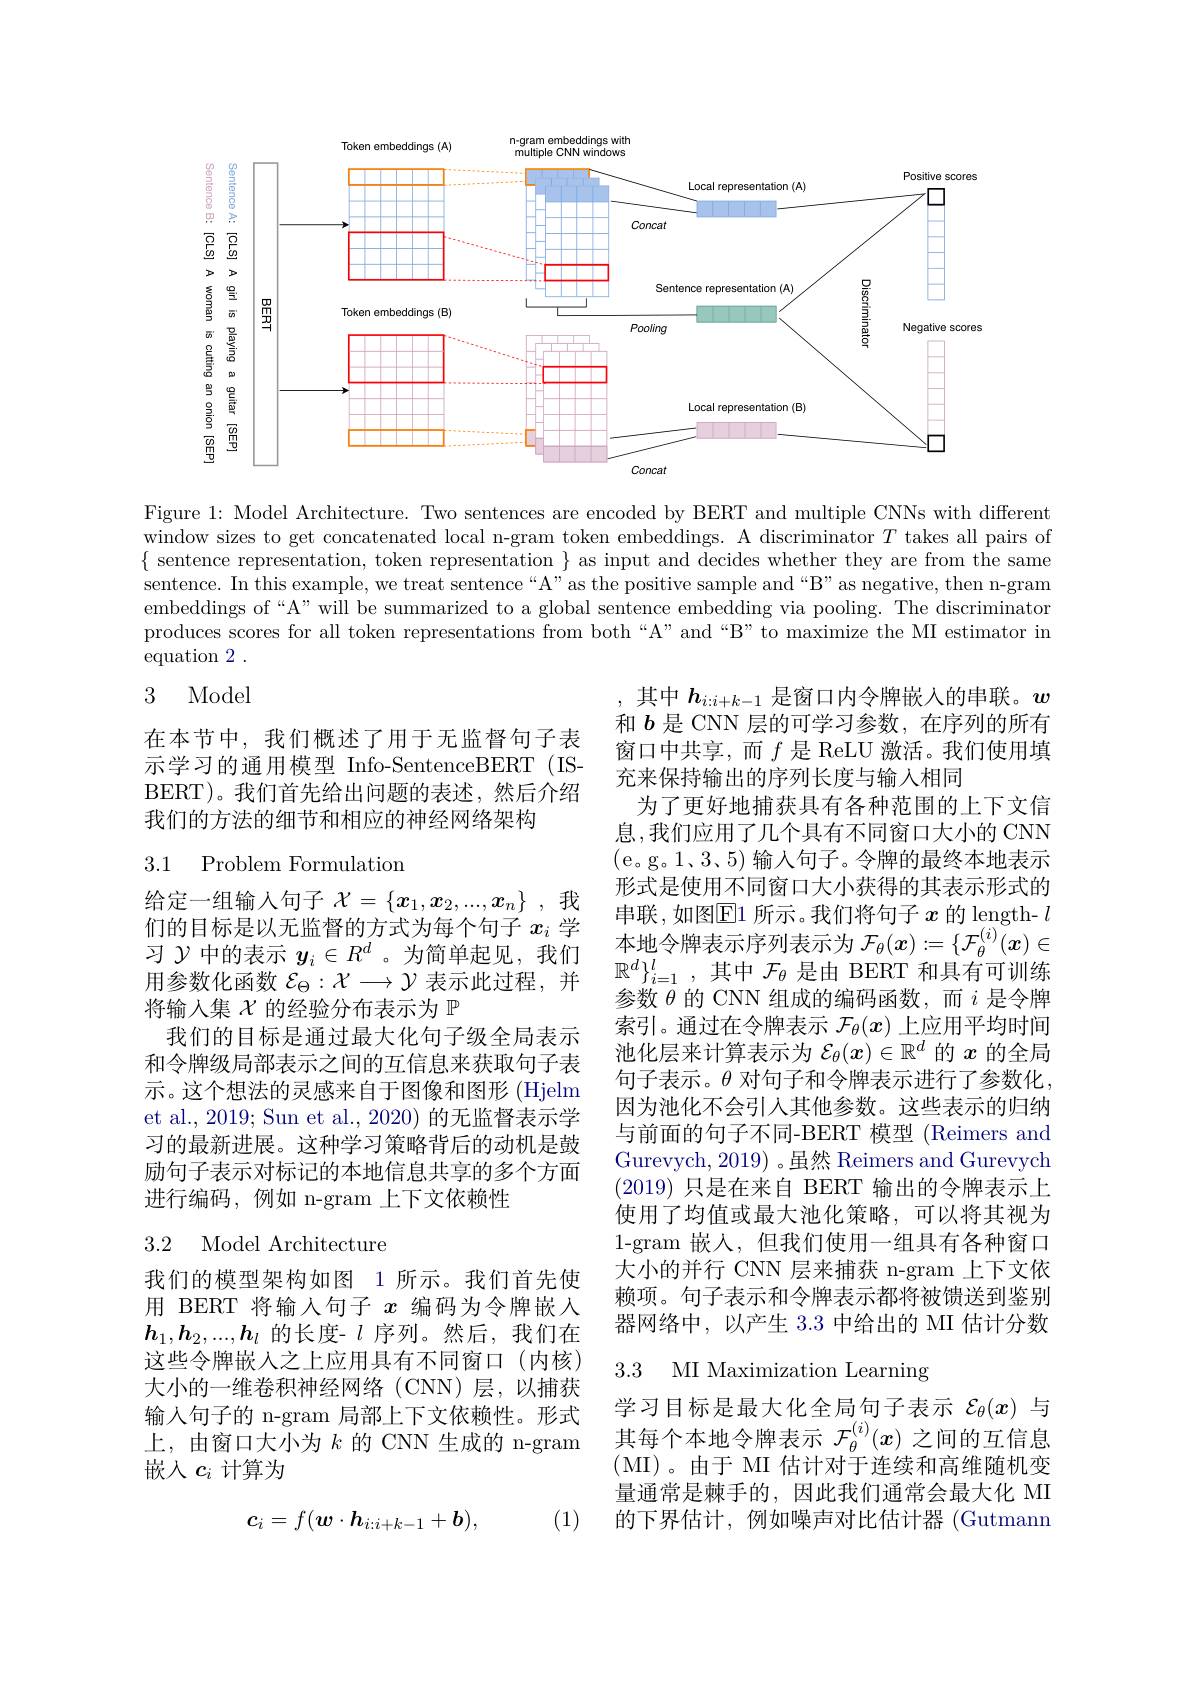
<FigureHere>

Figure 1: Model Architecture. Two sentences are encoded by BERT and multiple CNNs with different window sizes to get concatenated local n-gram token embeddings. A discriminator $T$ takes all pairs of $\{$ sentence representation, token representation $\}$ as input and decides whether they are from the same sentence. In this example, we treat sentence“A”as the positive sample and“B”as negative, then n-gram embeddings of“A”will be summarized to a global sentence embedding via pooling. The discriminator produces scores for all token representations from both“A”and “B”to maximize the MI estimator in ${\mathrm{equation~2~.}}$

## 3 Model

在本节中，我们概述了用于无监督句子表示学习的通用模型 Info-SentenceBERT (ISBERT)。我们首先给出问题的表述，然后介绍我们的方法的细节和相应的神经网络架构

## 3.1 Problem Formulation

,其中$h_{i:i+k-1}$是窗口内令牌嵌入的串联。$w$ 和$b$是 CNN 层的可学习参数，在序列的所有窗口中共享，而$f$ 是 ReLU 激活。我们使用填充来保持输出的序列长度与输入相同
为了更好地捕获具有各种范围的上下文信息，我们应用了几个具有不同窗口大小的 CNN (e。g。1、3、5) 输人句子。令牌的最终本地表示形式是使用不同窗口大小获得的其表示形式的串联，如图$\operatorname{E1}$所示。我们将句子$x$的 length- $l$ 本地令牌表示序列表示为$\mathcal{F}_\theta(x):=\{\mathcal{F}_\theta^{(i)}(x)\in$ $\mathbb{R}^d\}_{i=1}^l$,其中$\mathcal{F}_\theta$是由 BERT 和具有可训练参数$\theta$的 CNN 组成的编码函数，而$i$是令牌索引。通过在令牌表示$\mathcal{F}_\theta(x)$上应用平均时间池化层来计算表示为$\mathcal{E}_\theta(x)\in\mathbb{R}^d$的$x$的全局句子表示。$\theta$对句子和令牌表示进行了参数化， 因为池化不会引入其他参数。这些表示的归纳与前面的句子不同-BERT 模型 (Reimers and Gurevych, 2019) 。虽然 Reimers and Gurevych (2019)只是在来自 BERT 输出的令牌表示上使用了均值或最大池化策略，可以将其视为1-gram 嵌人，但我们使用一组具有各种窗口大小的并行 CNN 层来捕获 n-gram 上下文依赖项。句子表示和令牌表示都将被馈送到鉴别器网络中，以产生 3.3 中给出的 MI 估计分数3.3 MI Maximization Learning

给定一组输入句子$\mathcal{X}=\{x_1,x_2,...,x_n\}$ ,我们的目标是以无监督的方式为每个句子$x_i$学习$\mathcal{Y}$中的表示$y_i\in R^d$ 。为简单起见，我们用参数化函数$\mathcal{E}_\Theta:\mathcal{X}\to\mathcal{Y}$表示此过程，并将输入集$\chi$的经验分布表示为$\mathbb{P}$
我们的目标是通过最大化句子级全局表示和令牌级局部表示之间的互信息来获取句子表示。这个想法的灵感来自于图像和图形 (Hjelm et al., 2019; Sun et al., 2020) 的无监督表示学习的最新进展。这种学习策略背后的动机是鼓励句子表示对标记的本地信息共享的多个方面进行编码，例如 n-gram 上下文依赖性

## 3.2 Model Architecture

我们的模型架构如图 1 所示。我们首先使用 BERT 将输人句子$x$编码为令牌嵌入$\boldsymbol{h}_1,\boldsymbol{h}_2,...,\boldsymbol{h}_l$的长度- $l$序列。然后，我们在这些令牌嵌入之上应用具有不同窗口(内核) 大小的一维卷积神经网络(CNN)层，以捕获输入句子的 n-gram 局部上下文依赖性。形式上，由窗口大小为$k$的 CNN 生成的 n-gram 嵌入$c_i$计算为

学习目标是最大化全局句子表示$\mathcal{E}_\theta(x)$与其每个本地令牌表示$\mathcal{F}_\theta^{(i)}(x)$之间的互信息(MI)。由于 MI 估计对于连续和高维随机变量通常是棘手的，因此我们通常会最大化 MI 的下界估计，例如噪声对比估计器 (Gutmann

(1)
$$c_i=f(\boldsymbol{w}\cdot\boldsymbol{h}_{i:i+k-1}+\boldsymbol{b}),$$